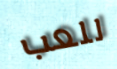
للعب